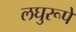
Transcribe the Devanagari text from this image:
लघुरूपे